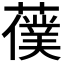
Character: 𦿍